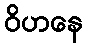
ဝိဟနေ